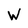
Character: W